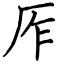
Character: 厏